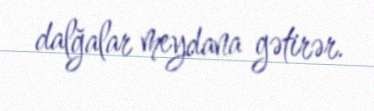
dalğalar meydana gətirər.